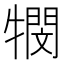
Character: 𭷴